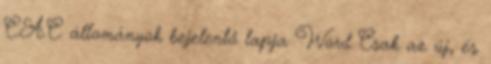
C.A.C. állományok bejelentő lapja Word Csak az új, és